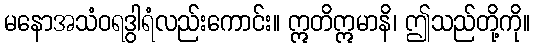
မနောအသံဝရဒွါရံလည်းကောင်း။ ဣတိဣမာနိ၊ ဤသည်တို့ကို။